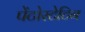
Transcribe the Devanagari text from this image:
पेंटोस्टेटिन